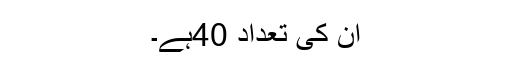
ان کی تعداد 40ہے۔